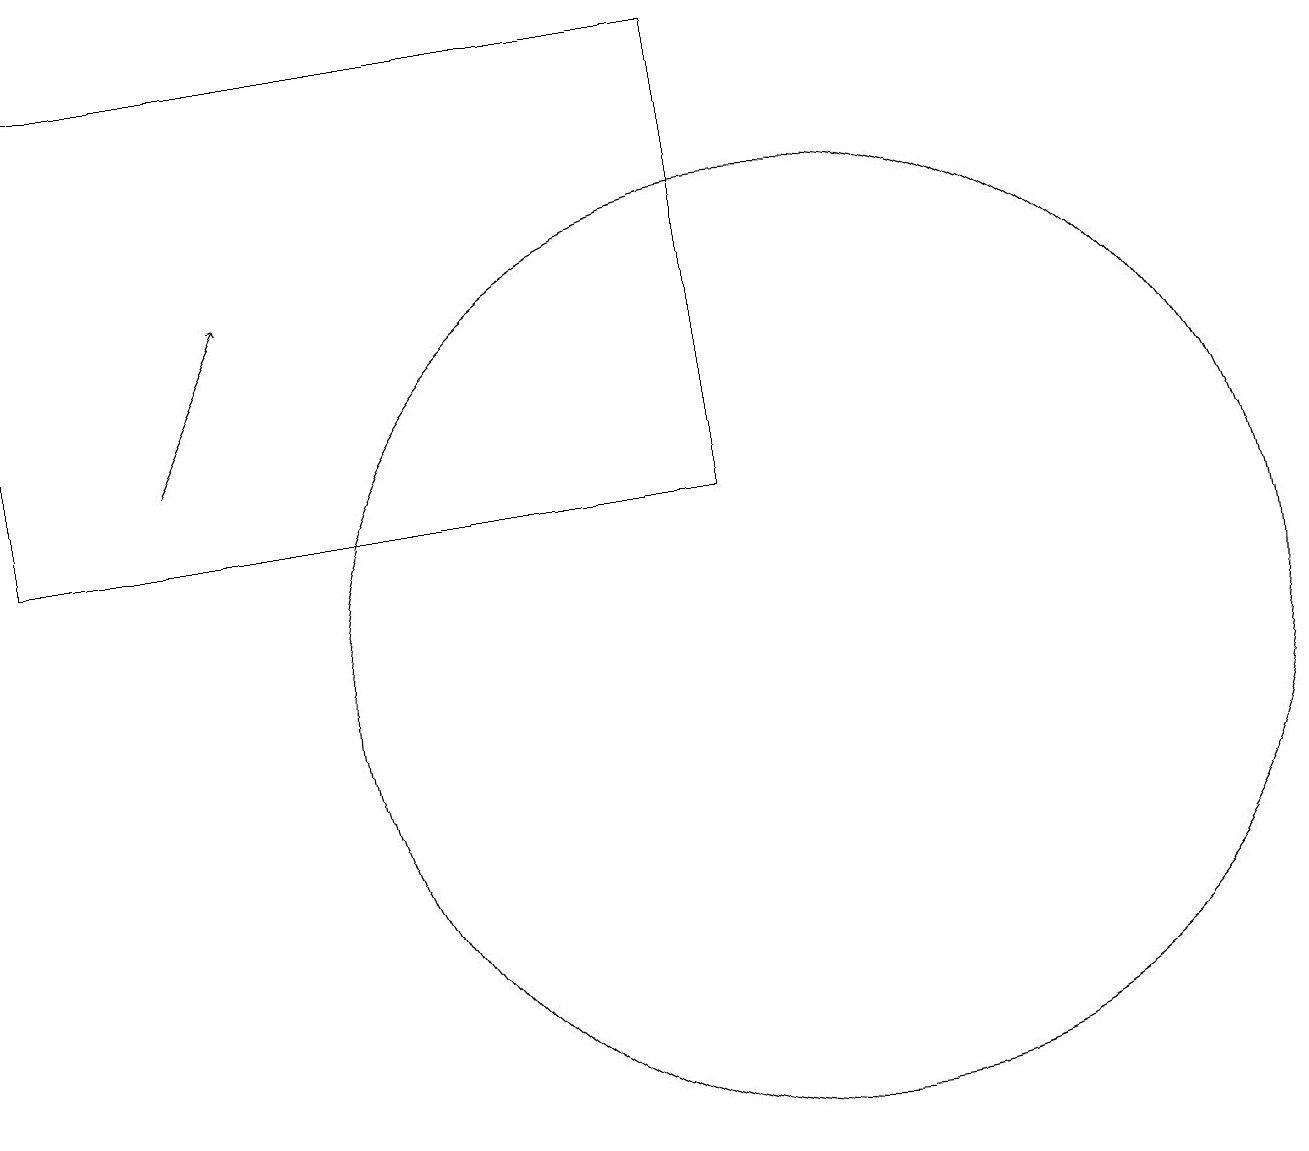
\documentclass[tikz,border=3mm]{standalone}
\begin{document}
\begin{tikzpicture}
\draw (10,10) circle (6);
\draw[->] (2,13) -- (3,15);
\draw (0,12) rectangle (9,18);
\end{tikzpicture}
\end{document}